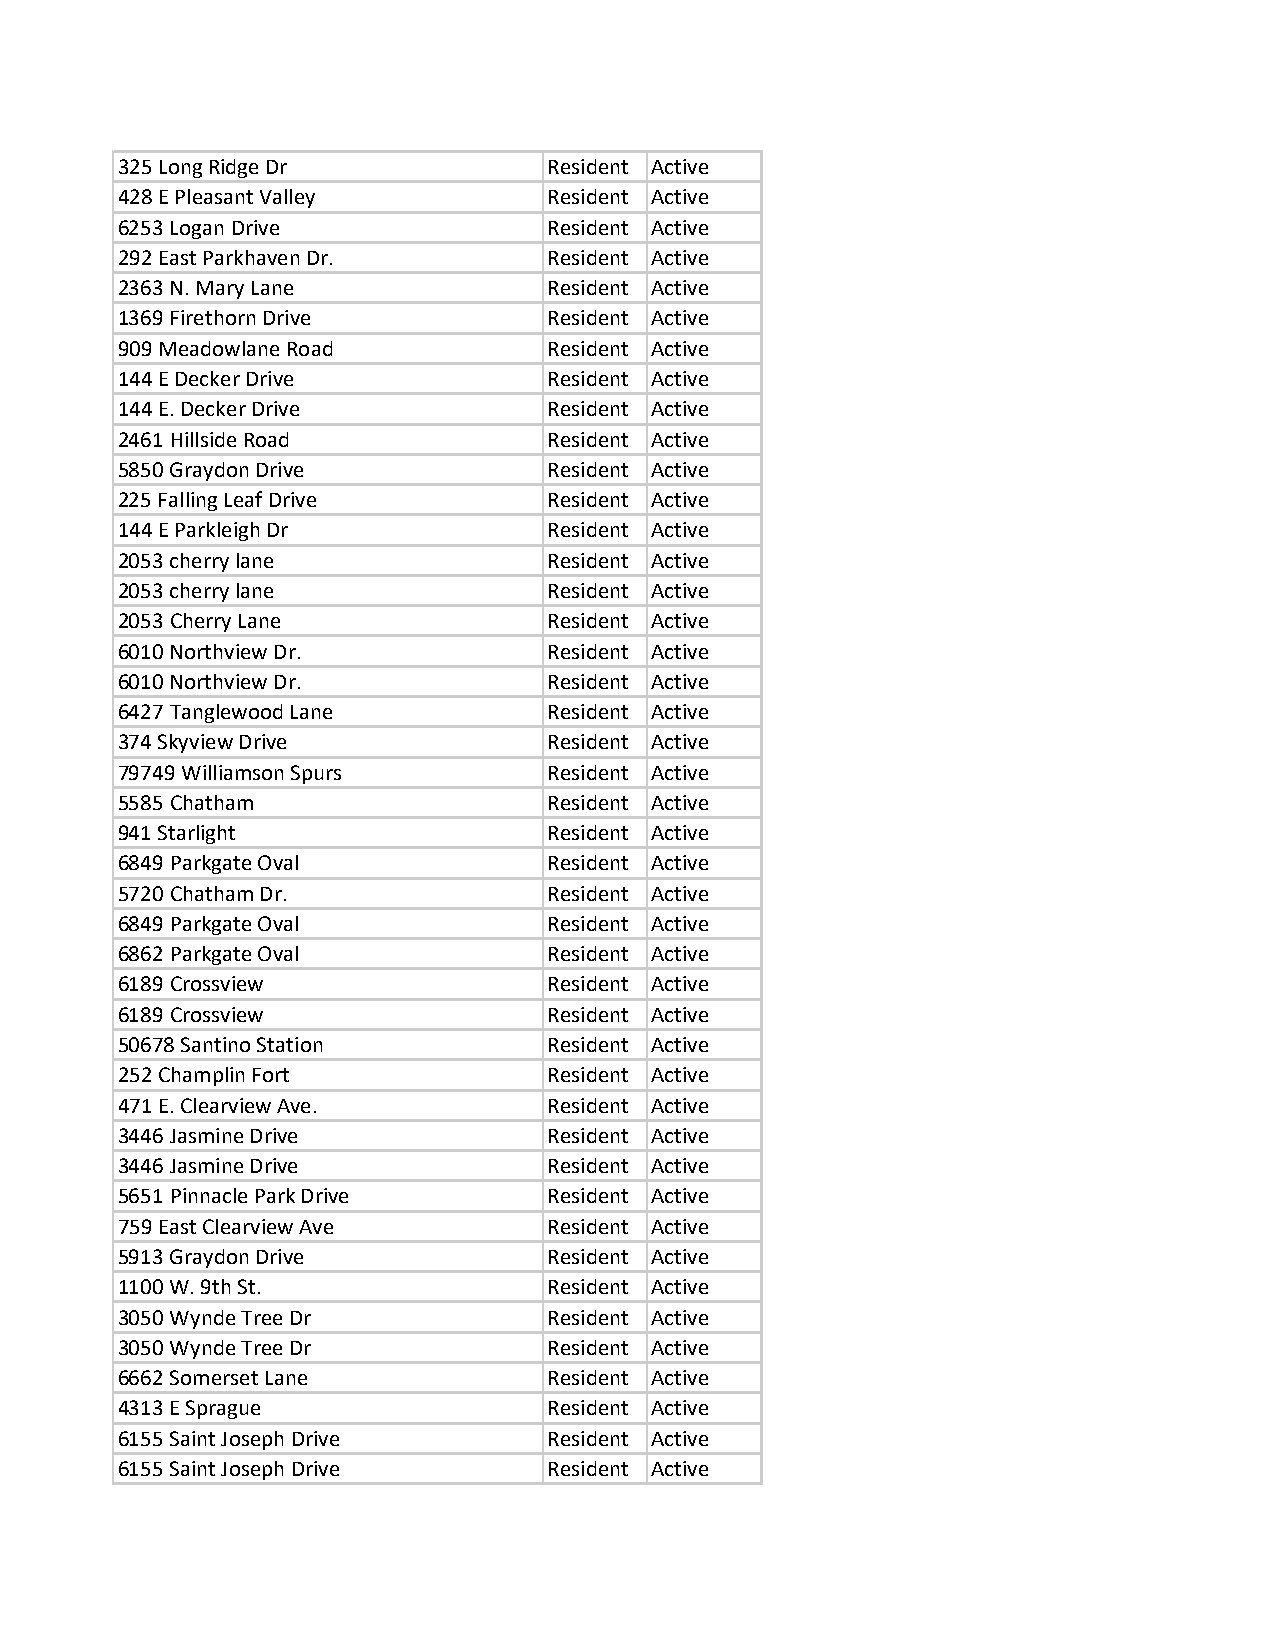
325 Long Ridge Dr           Resident Active
 428 E Pleasant Valley       Resident Active
 6253 Logan Drive            Resident Active
 292 East Parkhaven Dr.      Resident Active
 2363 N. Mary Lane           Resident Active
 1369 Firethorn Drive        Resident Active
 909 Meadowlane Road         Resident Active
 144 E Decker Drive          Resident Active
 144 E. Decker Drive         Resident Active
 2461 Hillside Road          Resident Active
 5850 Graydon Drive          Resident Active
 225 Falling Leaf Drive      Resident Active
 144 E Parkleigh Dr          Resident Active
 2053 cherry lane            Resident Active
 2053 cherry lane            Resident Active
 2053 Cherry Lane            Resident Active
 6010 Northview Dr.          Resident Active
 6010 Northview Dr.          Resident Active
 6427 Tanglewood Lane        Resident Active
 374 Skyview Drive           Resident Active
 79749 Williamson Spurs      Resident Active
 5585 Chatham                Resident Active
 941 Starlight               Resident Active
 6849 Parkgate Oval          Resident Active
 5720 Chatham Dr.            Resident Active
 6849 Parkgate Oval          Resident Active
 6862 Parkgate Oval          Resident Active
 6189 Crossview              Resident Active
 6189 Crossview              Resident Active
 50678 Santino Station       Resident Active
 252 Champlin Fort           Resident Active
 471 E. Clearview Ave.       Resident Active
 3446 Jasmine Drive          Resident Active
 3446 Jasmine Drive          Resident Active
 5651 Pinnacle Park Drive    Resident Active
 759 East Clearview Ave      Resident Active
 5913 Graydon Drive          Resident Active
 1100 W. 9th St.             Resident Active
 3050 Wynde Tree Dr          Resident Active
 3050 Wynde Tree Dr          Resident Active
 6662 Somerset Lane          Resident Active
 4313 E Sprague              Resident Active
 6155 Saint Joseph Drive     Resident Active
 6155 Saint Joseph Drive     Resident Active